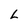
Character: L